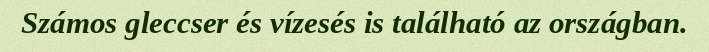
Számos gleccser és vízesés is található az országban.